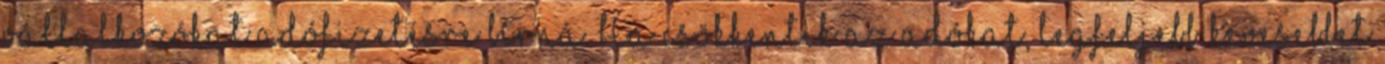
vállalkozókat adófizetésre bírná. Ha csökkentik az adókat, legfeljebb kevesebbet